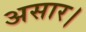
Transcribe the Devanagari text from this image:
असार।